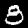
Digit: 8